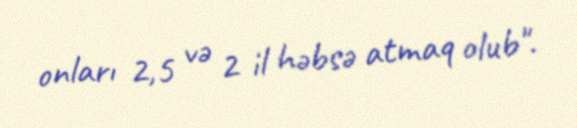
onları 2,5 və 2 il həbsə atmaq olub".